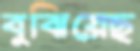
বুঝিয়েছ